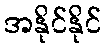
အနိုင်နိုင်